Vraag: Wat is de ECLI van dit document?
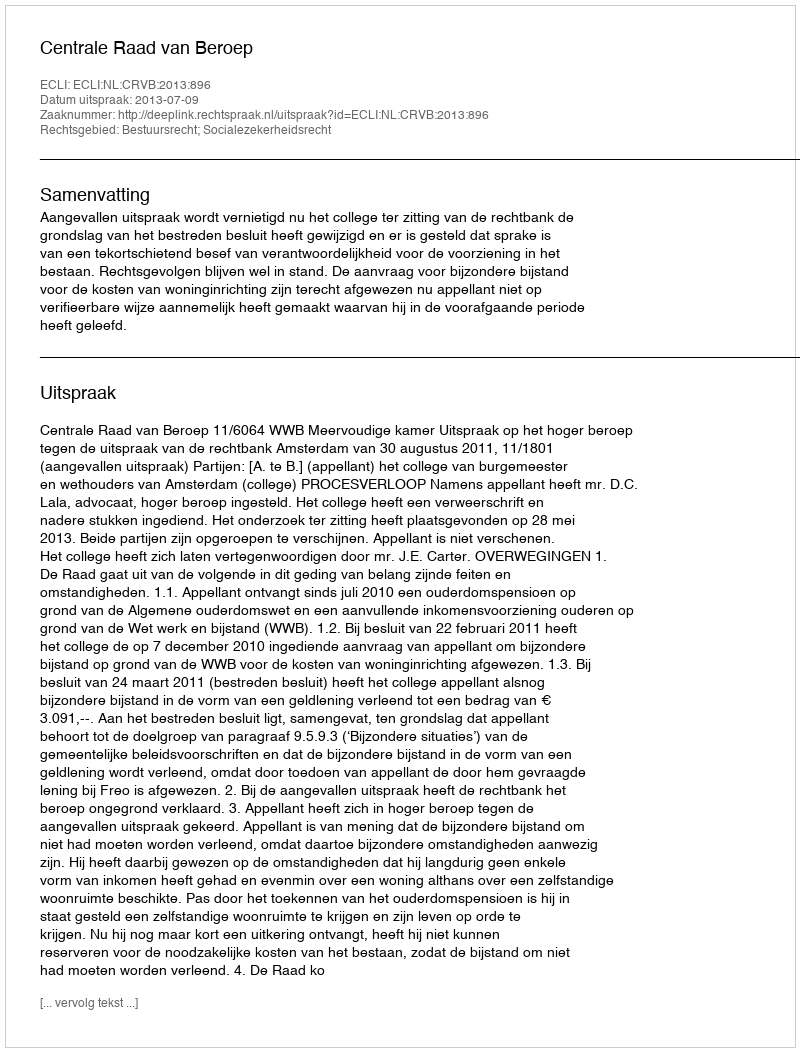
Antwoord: ECLI:NL:CRVB:2013:896